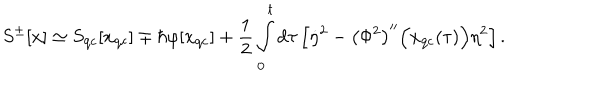
S ^ { \pm } [ x ] \simeq S _ { \mathrm { q c } } [ x _ { \mathrm { q c } } ] \mp \hbar \varphi [ x _ { \mathrm { q c } } ] + \frac { 1 } { 2 } \int _ { 0 } ^ { t } \mathrm { d } \tau \left[ \dot { \eta } ^ { 2 } - \left( \Phi ^ { 2 } \right) ^ { \prime \prime } \Bigl ( x _ { \mathrm { q c } } ( \tau ) \Bigr ) \eta ^ { 2 } \right] .